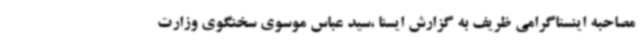
مصاحبه اینستاگرامی ظریف به گزارش ایسنا ،سید عباس موسوی سخنگوی وزارت